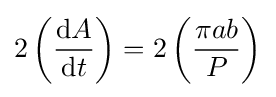
2\left({\frac {\mathrm {d} A}{\mathrm {d} t}}\right)=2\left({\frac {\pi ab}{P}}\right)